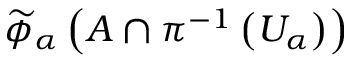
{ \widetilde { \phi } } _ { \alpha } \left( A \cap \pi ^ { - 1 } \left( U _ { \alpha } \right) \right)